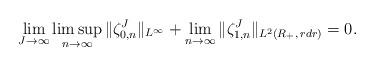
LaTeX: \begin{align*}\lim_{J\to\infty}\limsup_{n\to\infty}\|\zeta^J_{0,n}\|_{L^{\infty}}+\lim_{n\to\infty}\|\zeta^J_{1,n}\|_{L^2(R_+,\,rdr)}= 0.\end{align*}